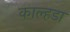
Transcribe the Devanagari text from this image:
काल्हडा